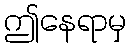
ဤနေရာမှ